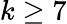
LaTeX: k\geq 7